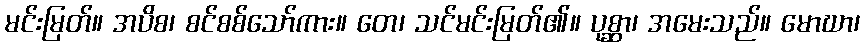
မင်းမြတ်။ အပိစ၊ စင်စစ်သော်ကား။ တေ၊ သင်မင်းမြတ်၏။ ပုစ္ဆာ၊ အမေးသည်။ မောဃာ၊